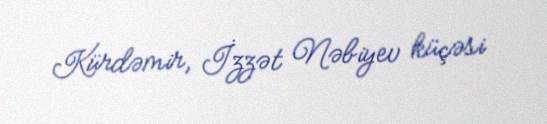
Kürdəmir, İzzət Nəbiyev küçəsi